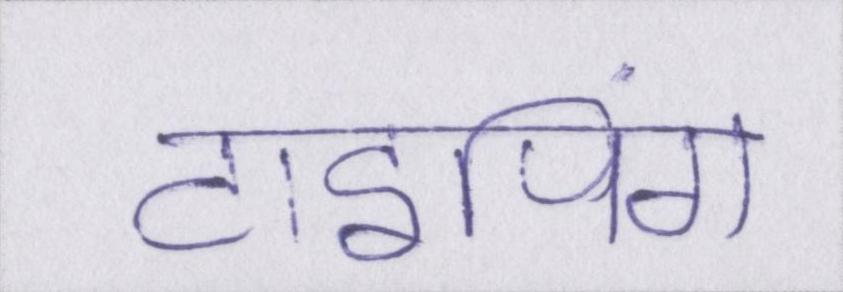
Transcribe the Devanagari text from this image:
टाइपिंग